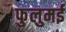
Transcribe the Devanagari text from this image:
फुलुमई